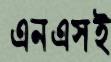
এনএসই